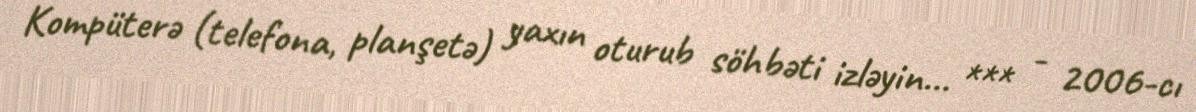
Kompüterə (telefona, planşetə) yaxın oturub söhbəti izləyin... *** - 2006-cı